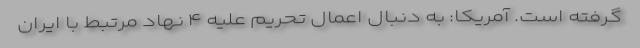
گرفته است. آمریکا: به دنبال اعمال تحریم علیه ۴ نهاد مرتبط با ایران